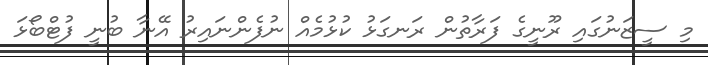
މި ސީޒަނުގައި ރޫނީގެ ފަރާތުން ރަނގަޅު ކުޅުމެއް ނުފެންނައިރު އޭނާ ބުނީ ފުޓްބޯޅަ